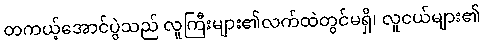
တကယ့်အောင်ပွဲသည် လူကြီးများ၏လက်ထဲတွင်မရှိ၊ လူငယ်များ၏